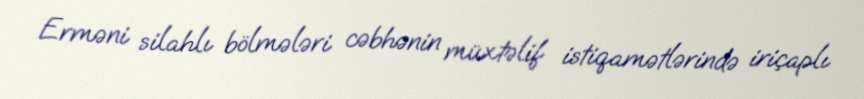
Erməni silahlı bölmələri cəbhənin müxtəlif istiqamətlərində iriçaplı